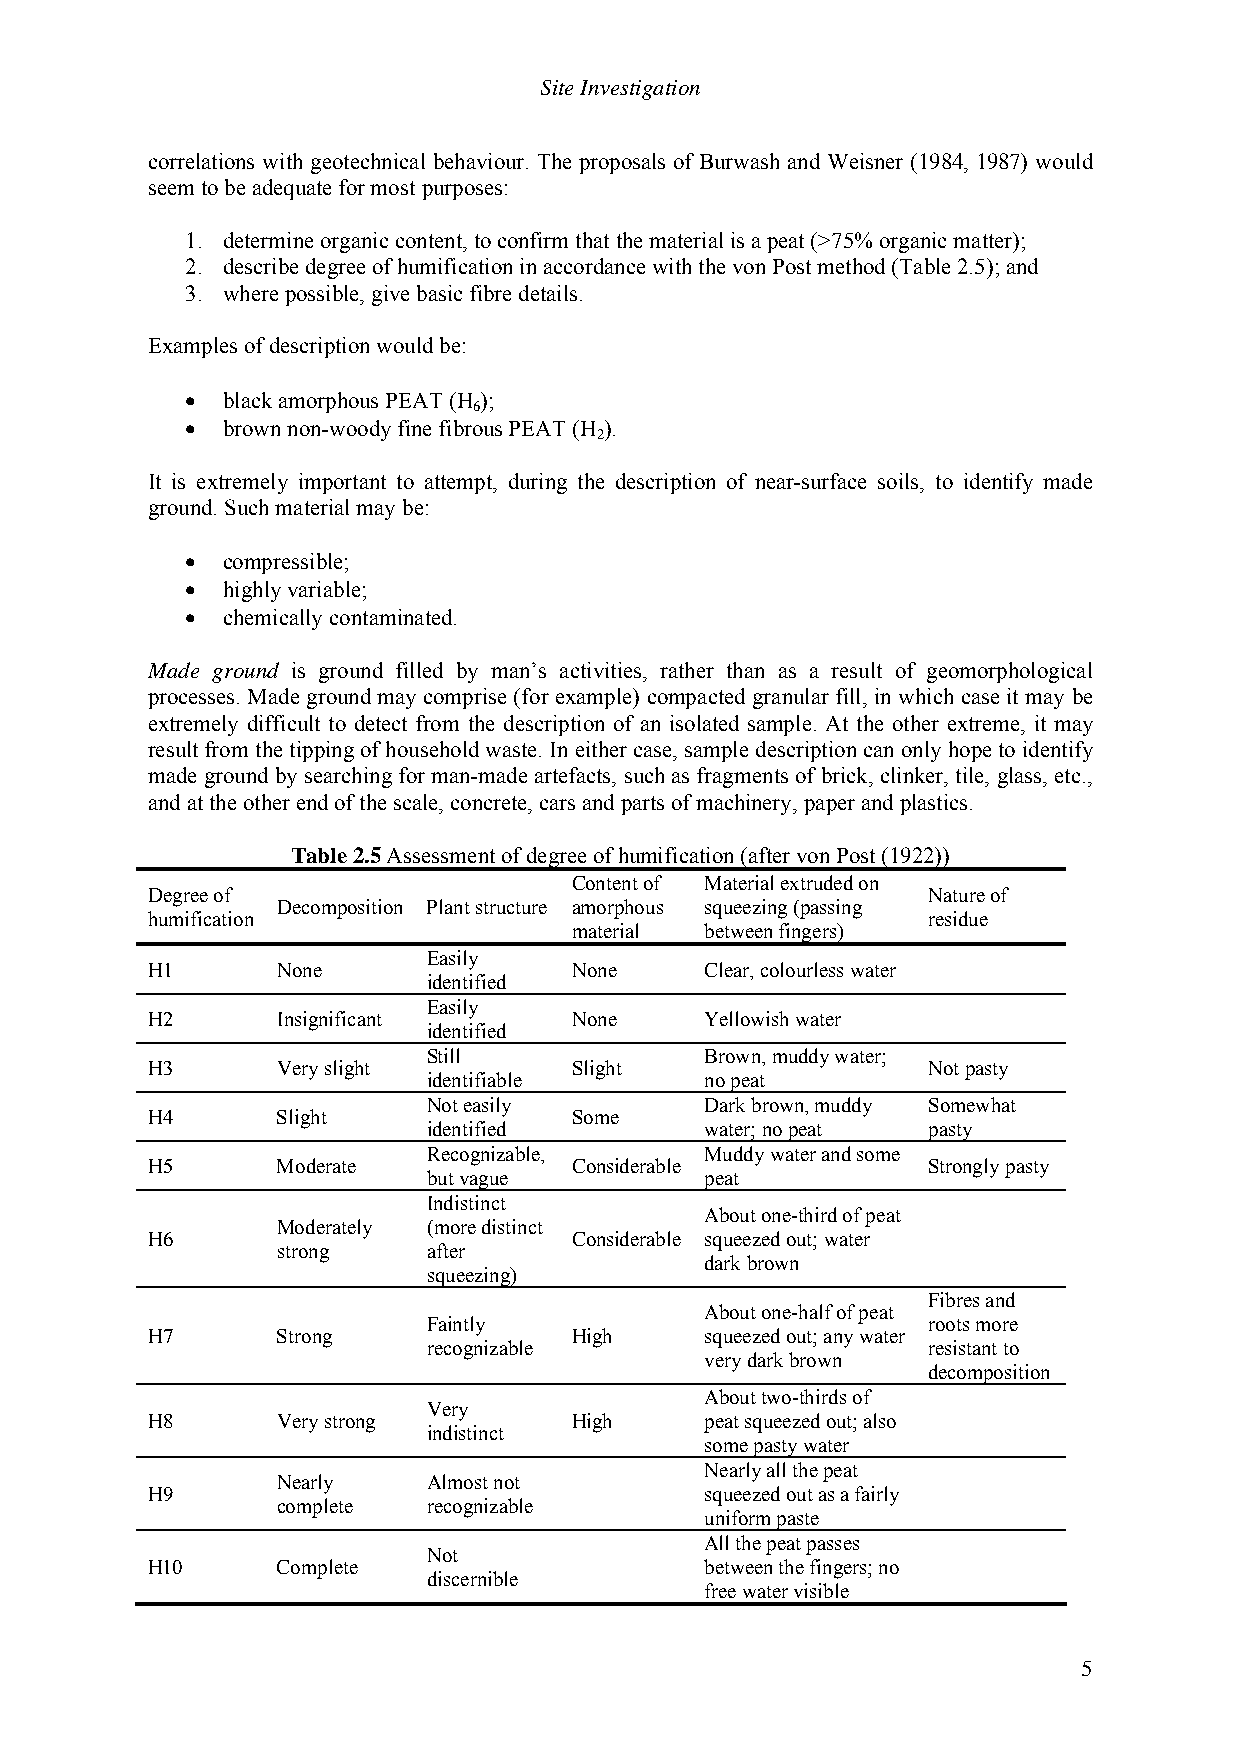
Site Investigation
 correlations with geotechnical behaviour. The proposals of Burwash and Weisner (1984, 1987) would
 seem to be adequate for most purposes:
 1. determine organic content, to confirm that the material is a peat (>75% organic matter);
 2. describe degree of humification in accordance with the von Post method (Table 2.5); and
 3. where possible, give basic fibre details.
 Examples of description would be:
 •  black amorphous PEAT (H );
 6
 •  brown non-woody fine fibrous PEAT (H ).
 2
 It is extremely important to attempt, during the description of near-surface soils, to identify made
 ground. Such material may be:
 •  compressible;
 •  highly variable;
 •  chemically contaminated.
 Made ground is ground filled by man’s activities, rather than as a result of geomorphological
 processes. Made ground may comprise (for example) compacted granular fill, in which case it may be
 extremely difficult to detect from the description of an isolated sample. At the other extreme, it may
 result from the tipping of household waste. In either case, sample description can only hope to identify
 made ground by searching for man-made artefacts, such as fragments of brick, clinker, tile, glass, etc.,
 and at the other end of the scale, concrete, cars and parts of machinery, paper and plastics.
 Table 2.5 Assessment of degree of humification (after von Post (1922))
 Content of Material extruded on
 Degree of                                          Nature of
 Decomposition Plant structure amorphous squeezing (passing
 humification                                       residue
 material between fingers)
 Easily
 H1      None                None     Clear, colourless water
 identified
 Easily
 H2      Insignificant       None     Yellowish water
 identified
 Still              Brown, muddy water;
 H3      Very slight         Slight                 Not pasty
 identifiable       no peat
 Not easily         Dark brown, muddy Somewhat
 H4      Slight              Some
 identified         water; no peat pasty
 Recognizable,      Muddy water and some
 H5      Moderate            Considerable           Strongly pasty
 but vague          peat
 Indistinct
 About one-third of peat
 Moderately (more distinct
 H6                          Considerable squeezed out; water
 strong    after
 dark brown
 squeezing)
 Fibres and
 About one-half of peat
 Faintly                          roots more
 H7      Strong              High     squeezed out; any water
 recognizable                     resistant to
 very dark brown
 decomposition
 About two-thirds of
 Very
 H8      Very strong         High     peat squeezed out; also
 indistinct
 some pasty water
 Nearly all the peat
 Nearly    Almost not
 H9                                   squeezed out as a fairly
 complete  recognizable
 uniform paste
 All the peat passes
 Not
 H10     Complete                     between the fingers; no
 discernible
 free water visible
 5